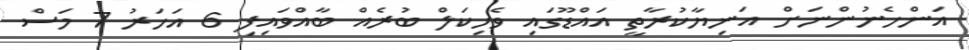
އަންހެނުންނަށް އަނިޔާކުރާތީ އައްޑޫގައި ވެހިކަލް ބުރެއް ބާއްވައިފި 6 އަހަރު 7 މަސް